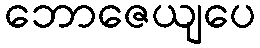
ဘောဇေယျပေ